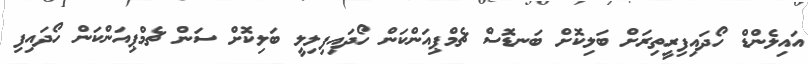
އައިލެންޑް ހޯދައިފިރީތިރަށް ބަލިކޮށް ބަނޑޮސް ޗެމްޕިއަންކަން ހޯދައިފިލިލީ ބަލިކޮށް ސަން ޗެމްޕިއަންކަން ހޯދައިފި